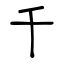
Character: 千